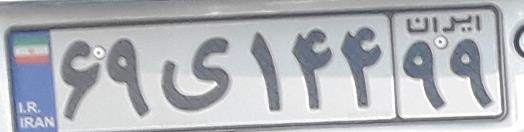
۶۹ی۱۴۴۹۹